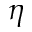
\eta